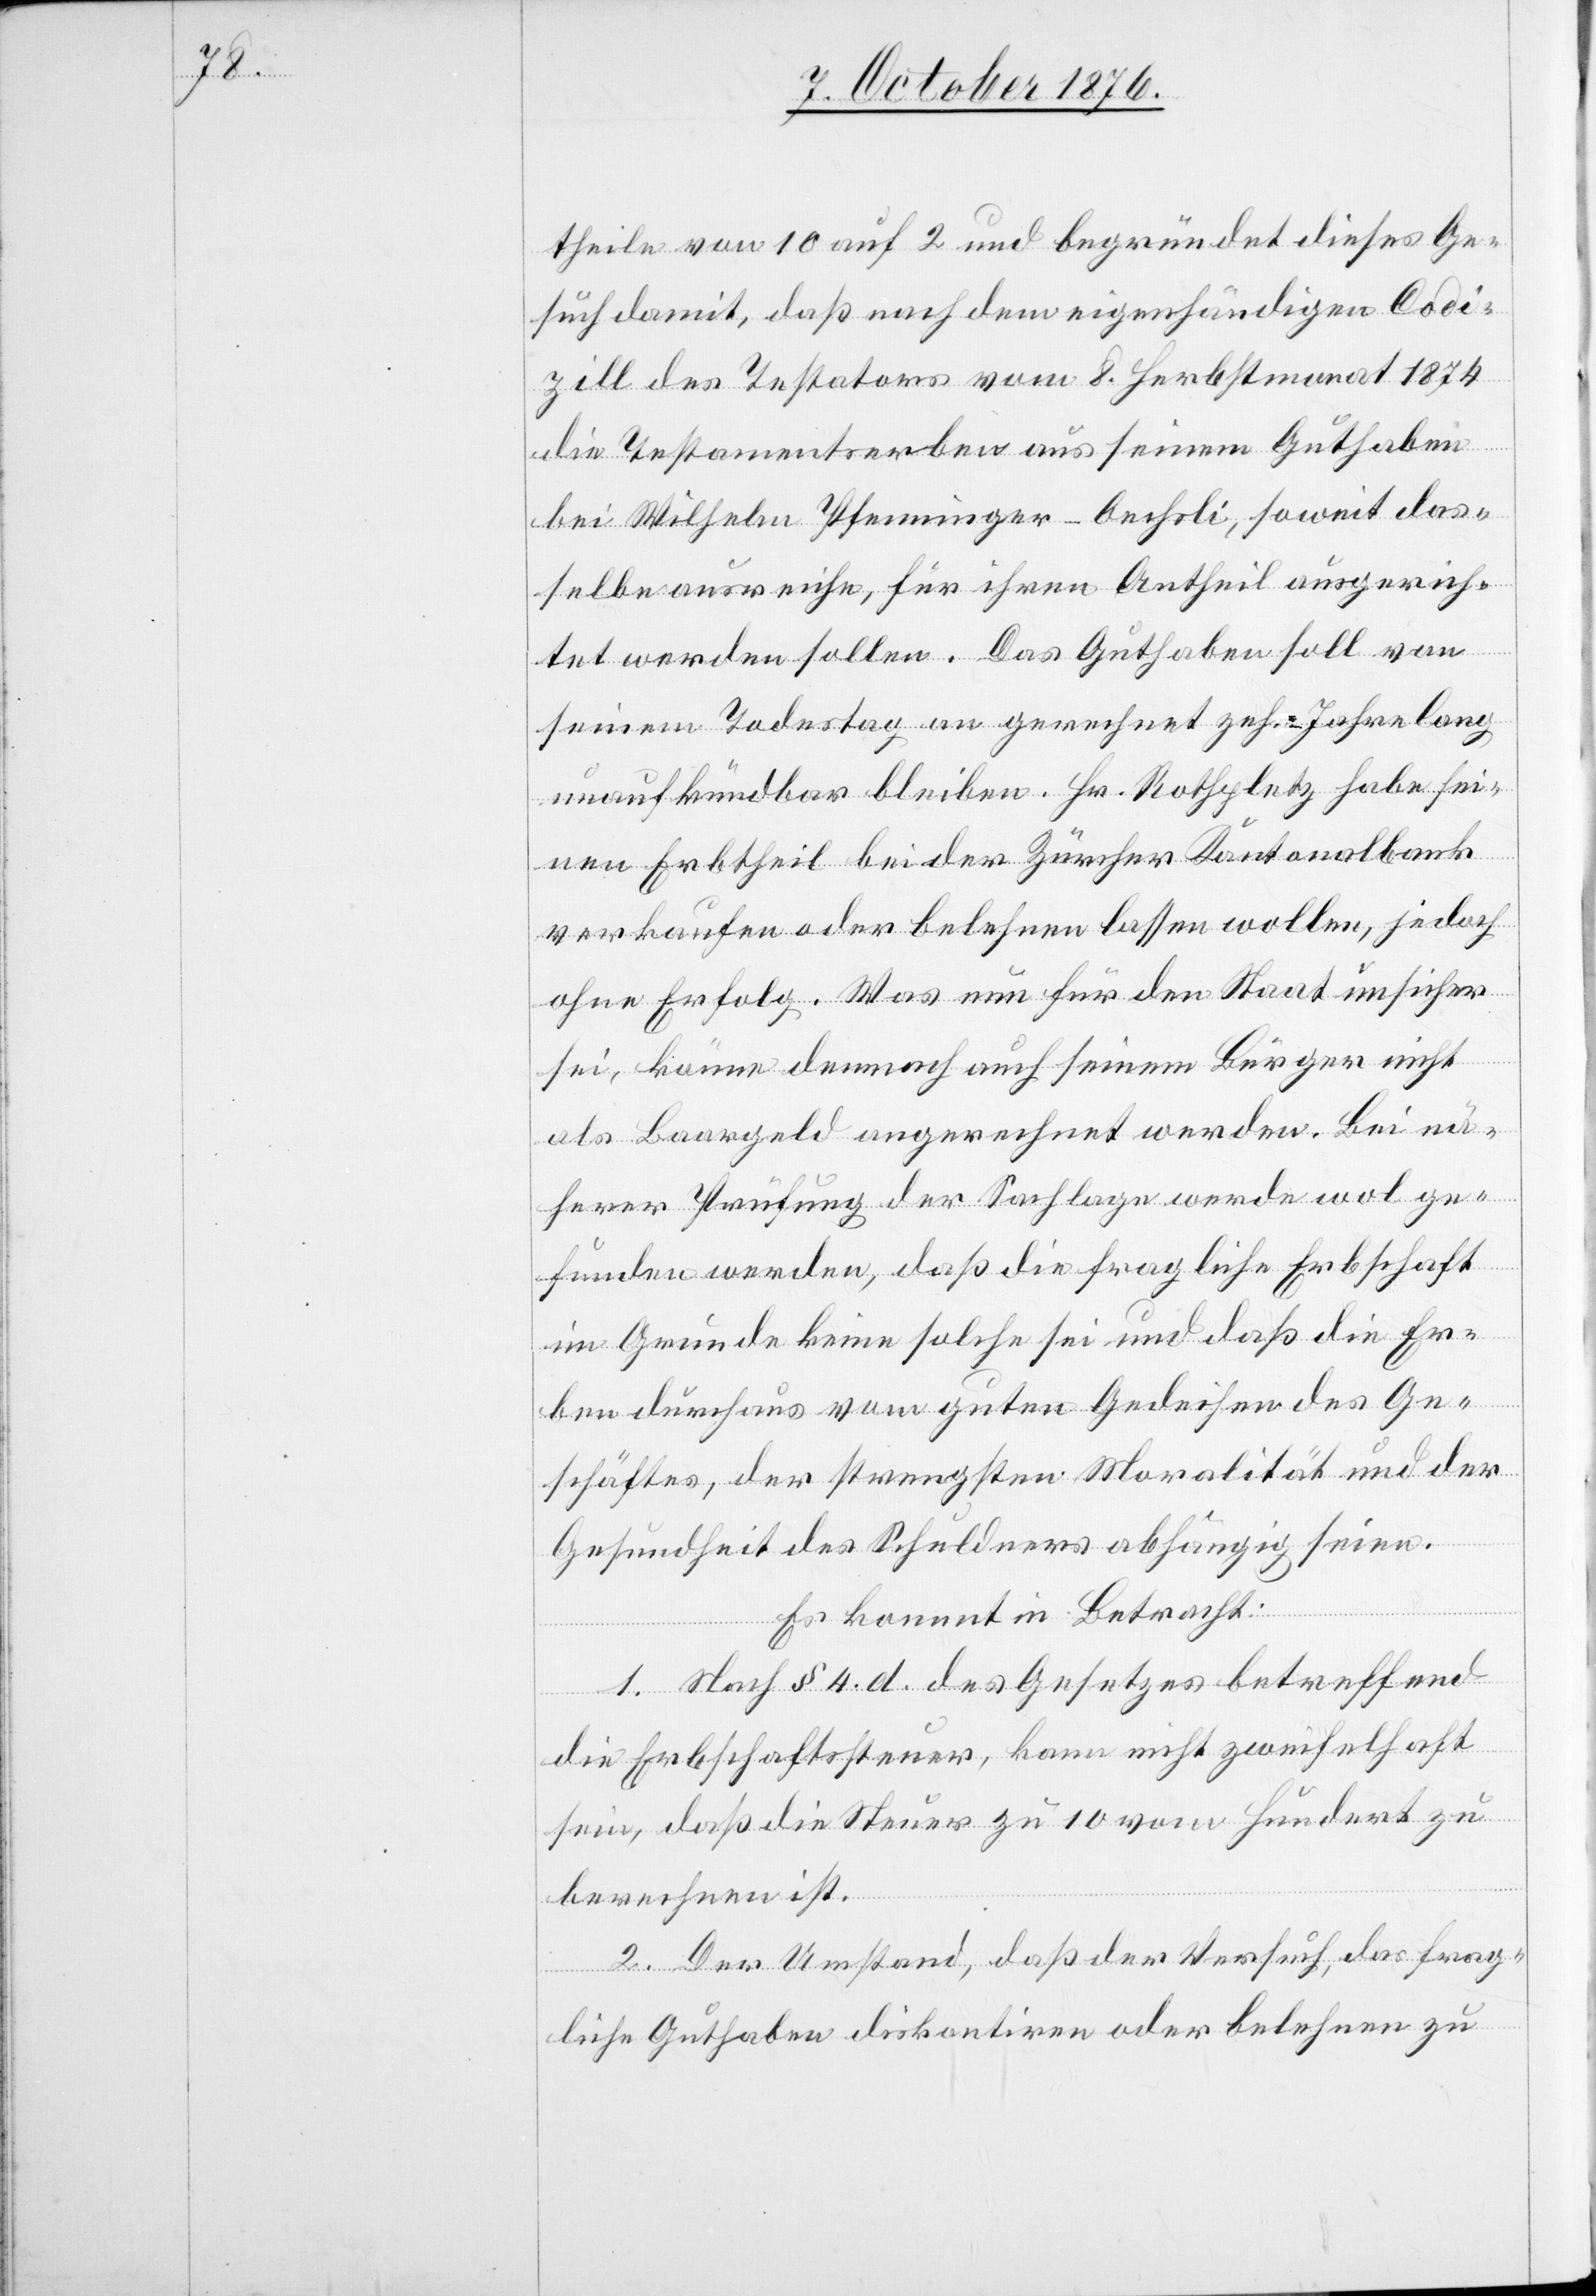
theile von 10 auf 2 und begründet dieses Ge¬
such damit, daß nach dem eigenhändigen Codi¬
zill des Testators vom 8. Herbstmonat 1874
die Testamentserben aus seinem Guthaben
bei Wilhelm Pfennigner-Oechsli, soweit das¬
selbe ausreiche, für ihren Antheil ausgerich¬
tet werden sollen. Das Guthaben soll von
seinem Todestag an gerechnet zehn Jahre lang
unaufkündbar bleiben. Hr. Rothpletz habe sei¬
nen Erbtheil bei der Züricher Kantonalbank
verkaufen oder belehnen wollen, jedoch oh¬
ne Erfolg. Was nun für den Staat unsicher
sei, könne demnach auch seinen Bürger nicht
als Baargeld angerechnet werden Bei nä¬
herer Prüfung der Sachlage werde wol ge¬
funden werden, daß die fragliche Erbschaft
im Grunde keine solche sei und daß die Er¬
ben durchaus vom guten Gedeihen des Ge¬
schäftes, der strengsten Moralität und der
Gesundheit des Schuldners abhängig seien.
Es kommt in Betracht:
1. Nach § 4. d. des Gesetzes betreffend
die Erbschaftssteuer, kann nicht zweifelhaft
sein, daß die Steuer zu 10 vom Hundert zu
berechnen ist.
2. Der Umstand, daß der Versuch, das frag¬
liche Guthaben diskontiren oder belehnen zu